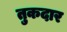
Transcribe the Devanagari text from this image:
तुकदार